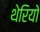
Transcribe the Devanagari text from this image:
थेरियो